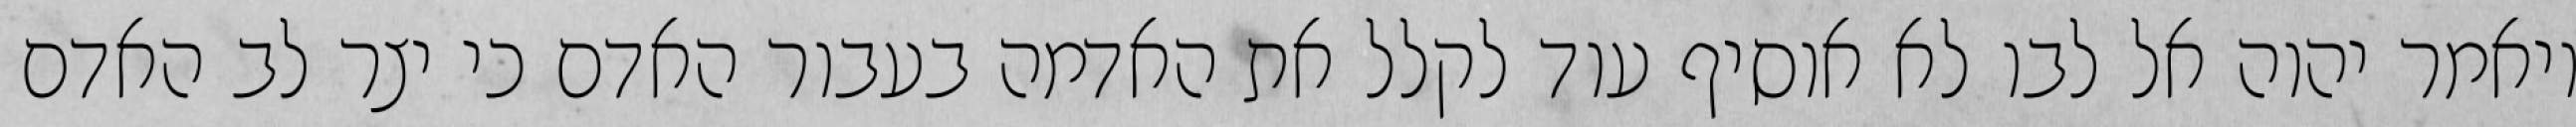
ויאמר יהוה אל לבו לא אוסיף עוד לקלל את האדמה בעבור האדם כי יצר לב האדם